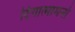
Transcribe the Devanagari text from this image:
दिगात्मामनो